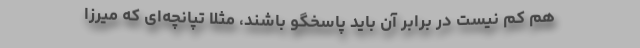
هم کم نیست در برابر آن باید پاسخگو باشند، مثلا تپانچه‌ای که میرزا